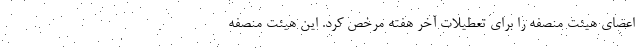
اعضای هیئت منصفه را برای تعطیلات آخر هفته مرخص کرد. این هیئت منصفه